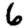
Digit: 6